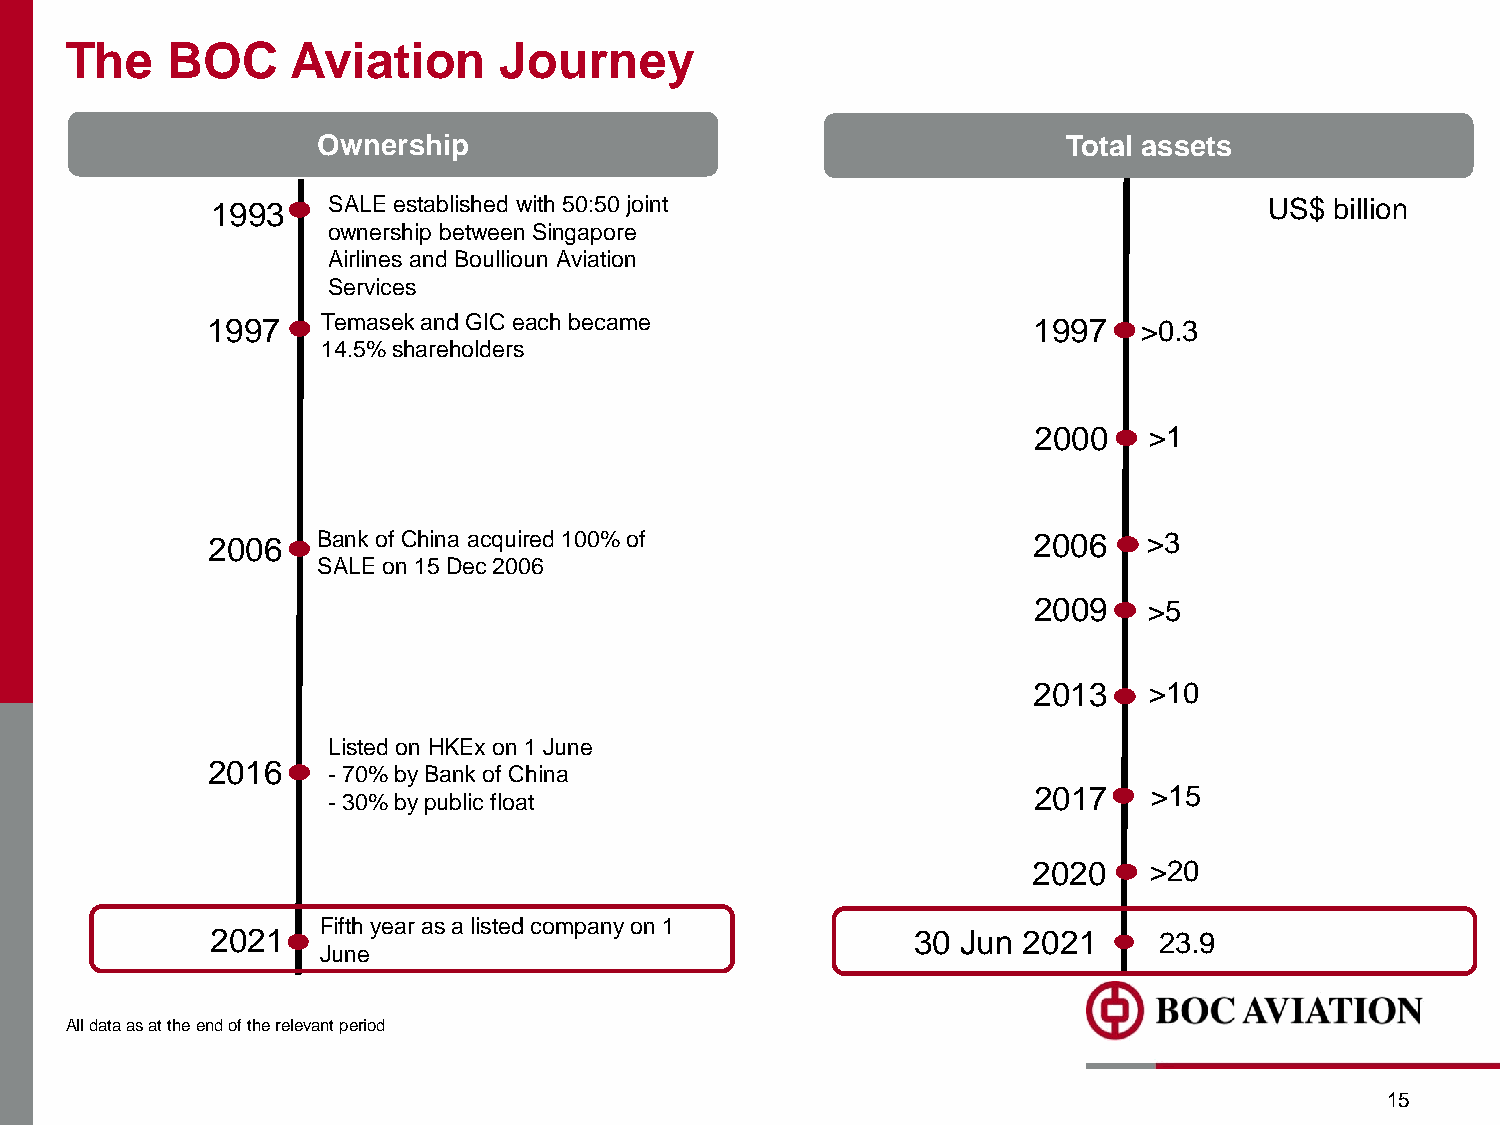
The    BOC     Aviation      Journey
 Ownership                                         Total assets
 1993    SALE established with 50:50 joint                             US$ billion
 ownership between Singapore
 Airlines and Boullioun Aviation
 Services
 1997   Temasek and GIC each became                    1997    >0.3
 14.5% shareholders
 2000    >1
 2006   Bank of China acquired 100% of                 2006    >3
 SALE on 15 Dec 2006
 2009    >5
 2013    >10
 Listed on HKEx on 1 June
 2016
 -70% by Bank of China
 2017    >15
 -30% by public float
 2020    >20
 Fifth year as a listed company on 1
 2021                                           30 Jun 2021     23.9
 June
 All data as at the end of the relevant period
 15